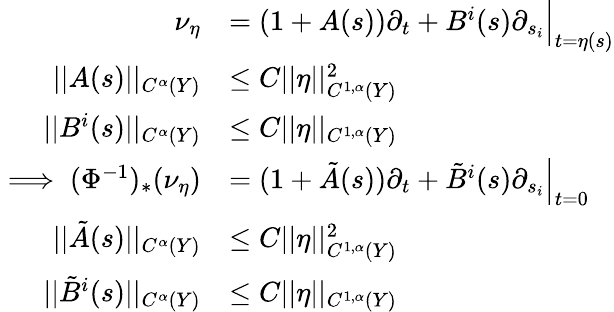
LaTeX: \begin{array}{rl}{\nu_{\eta}}&{=(1+A(s))\partial_{t}+B^{i}(s)\partial_{s_{i}}\Big|_{t=\eta(s)}}\\ {||A(s)||_{C^{\alpha}(Y)}}&{\leq C||\eta||_{C^{1,\alpha}(Y)}^{2}}\\ {||B^{i}(s)||_{C^{\alpha}(Y)}}&{\leq C||\eta||_{C^{1,\alpha}(Y)}}\\ {\implies(\Phi^{-1})_{*}(\nu_{\eta})}&{=(1+\tilde{A}(s))\partial_{t}+\tilde{B}^{i}(s)\partial_{s_{i}}\Big|_{t=0}}\\ {||\tilde{A}(s)||_{C^{\alpha}(Y)}}&{\leq C||\eta||_{C^{1,\alpha}(Y)}^{2}}\\ {||\tilde{B}^{i}(s)||_{C^{\alpha}(Y)}}&{\leq C||\eta||_{C^{1,\alpha}(Y)}}\end{array}